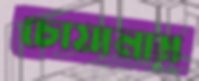
চোয়ালাম